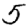
Digit: 5